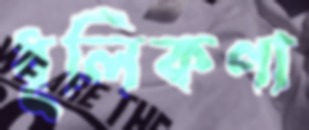
ধূলিকণা